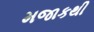
મજાકથી